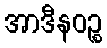
အာဒီနဝဉ္စ